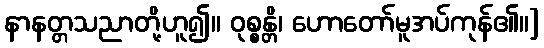
နာနတ္တသညာတို့ဟူ၍။ ဝုစ္စန္တိ၊ ဟောတော်မူအပ်ကုန်၏။]